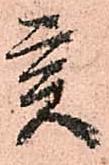
亥